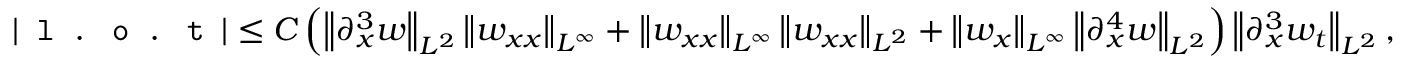
| \texttt { l . o . t } | \leq C \left( \left\| \partial _ { x } ^ { 3 } w \right\| _ { L ^ { 2 } } \left\| w _ { x x } \right\| _ { L ^ { \infty } } + \left\| w _ { x x } \right\| _ { L ^ { \infty } } \left\| w _ { x x } \right\| _ { L ^ { 2 } } + \left\| w _ { x } \right\| _ { L ^ { \infty } } \left\| \partial _ { x } ^ { 4 } w \right\| _ { L ^ { 2 } } \right) \left\| \partial _ { x } ^ { 3 } w _ { t } \right\| _ { L ^ { 2 } } ,